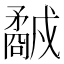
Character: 𥎕